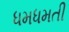
ધમધમતી